Lunatic asylums Madras 1877-1891 - 1877-1891
Year: 1877
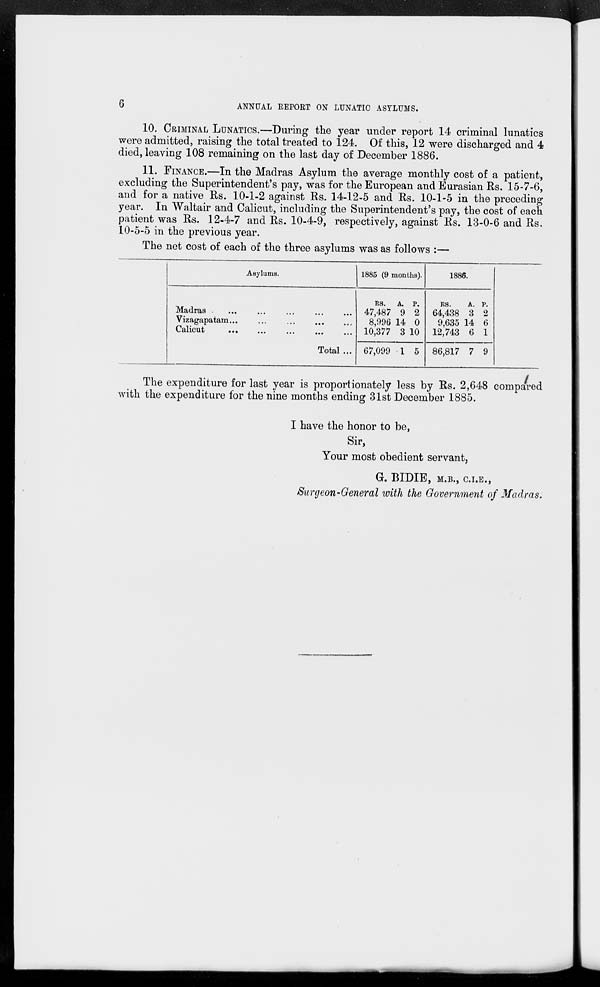
6
ANNUAL REPORT ON LUNATIC ASYLUMS.
10. CRIMINAL LUNATICS.—During the year under report 14 criminal lunatics
were admitted, raising the total treated to 124. Of this, 12 were discharged and 4
died, leaving 108 remaining on the last day of December 1886.
11. FINANCE.—In the Madras Asylum the average monthly cost of a patient,
excluding the Superintendent's pay, was for the European and Eurasian Rs. 15-7-6,
and for a native Rs. 10-1-2 against Rs. 14-12-5 and Rs. 10-1-5 in the preceding
year. In Waltair and Calicut, including the Superintendent's pay, the cost of each
patient was Rs. 12-4-7 and Rs. 10-4-9, respectively, against Rs. 13-0-6 and Rs.
10-5-5 in the previous year.
The net cost of each of the three asylums was as follows :—
Asylums.
Madras
...
...
...
...
...
Vizagapatam
...
...
...
...
...
Calicut
...
...
...
...
...
Total ...
1885 (9 months).
RS.
47,487
8,996
10,377
67,099
A.
9
14
3
1
P.
2
0
10
5
1886.
RS.
64,438
9,635
12,743
86,817
A.
3
14
6
7
P.
2
6
1
9
The expenditure for last year is proportionately less by Rs. 2,648 compared
with the expenditure for the nine months ending 31st December 1885.
I have the honor to be,
Sir,
Your most obedient servant,
G. BIDIE, M.B., C.I.E.,
Surgeon-General with the Government of Madras.